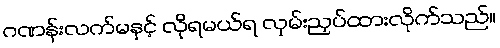
ဂဏန်းလက်မနှင့် လိုရမယ်ရ လှမ်းညှပ်ထားလိုက်သည်။